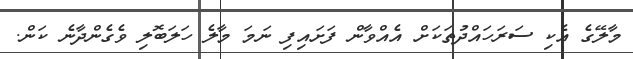
މާލޭގެ އެކި ސަރަހައްދުތަކަށް އެއްވާން ފަށައިފި ނަމަ މާލެ ހަލަބޮލި ވެގެންދާނެ ކަން.